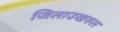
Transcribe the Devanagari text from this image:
जिलाउखरुल